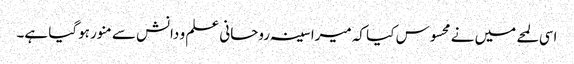
اسی لمحے میں نے محسوس کیا کہ میرا سینہ روحانی علم و دانش سے منور ہوگیا ہے۔